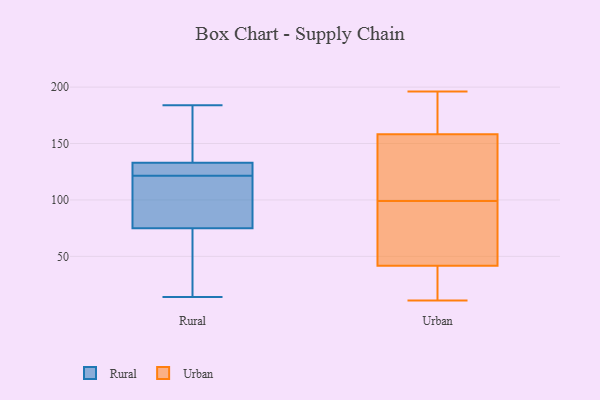
{"axis": {"x": "Temperature (°C)", "y": "Value"}, "legend": ["Rural", "Urban"], "data": [{"x": "", "y": 120, "type": "Rural"}, {"x": "", "y": 130, "type": "Rural"}, {"x": "", "y": 78, "type": "Rural"}, {"x": "", "y": 123, "type": "Rural"}, {"x": "", "y": 23, "type": "Rural"}, {"x": "", "y": 154, "type": "Rural"}, {"x": "", "y": 31, "type": "Rural"}, {"x": "", "y": 184, "type": "Rural"}, {"x": "", "y": 75, "type": "Rural"}, {"x": "", "y": 131, "type": "Rural"}, {"x": "", "y": 14, "type": "Rural"}, {"x": "", "y": 89, "type": "Rural"}, {"x": "", "y": 161, "type": "Rural"}, {"x": "", "y": 133, "type": "Rural"}, {"x": "", "y": 47, "type": "Urban"}, {"x": "", "y": 91, "type": "Urban"}, {"x": "", "y": 133, "type": "Urban"}, {"x": "", "y": 142, "type": "Urban"}, {"x": "", "y": 99, "type": "Urban"}, {"x": "", "y": 14, "type": "Urban"}, {"x": "", "y": 153, "type": "Urban"}, {"x": "", "y": 34, "type": "Urban"}, {"x": "", "y": 78, "type": "Urban"}, {"x": "", "y": 160, "type": "Urban"}, {"x": "", "y": 40, "type": "Urban"}, {"x": "", "y": 11, "type": "Urban"}, {"x": "", "y": 172, "type": "Urban"}, {"x": "", "y": 196, "type": "Urban"}, {"x": "", "y": 167, "type": "Urban"}]}